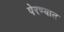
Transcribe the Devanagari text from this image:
पेरण्यात